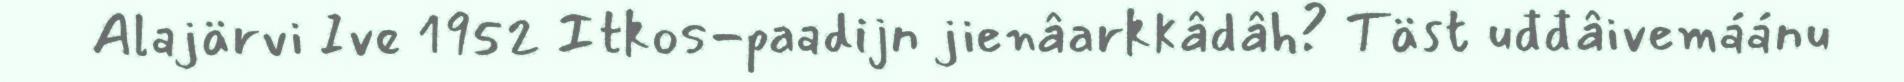
Alajärvi Ive 1952 Itkos-paadijn jienâarkkâdâh? Täst uđđâivemáánu